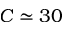
C \simeq 3 0